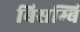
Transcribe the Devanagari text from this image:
बिसम्बि